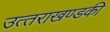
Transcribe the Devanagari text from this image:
उत्‍तराखण्‍डकी